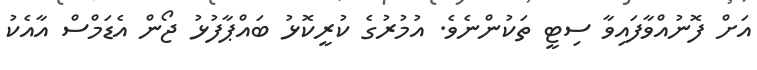
އަށް ފޮނުއްވާފައިވާ ސިޓީ ތަކުންނެވެ. އުމުރުގެ ކުރީކޮޅު ބައްޕާފުޅު ޖޯން އެޑަމްސް އާއެކު